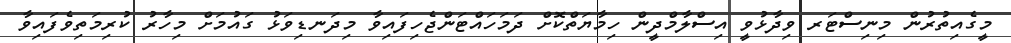
މީގެއިތުރުން މިނިސްޓަރ ވިދާޅުވީ އިސްލާމްދީން ހިމާޔަތްކޮށް ދަމަހައްޓަންޖެހިފައިވާ މިދަނޑިވަޅު ގައުމަށް މިހާރު ކުރިމަތިވެފައިވާ